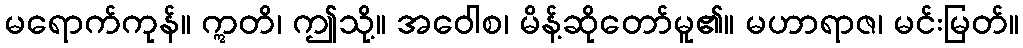
မရောက်ကုန်။ ဣတိ၊ ဤသို့။ အဝေါစ၊ မိန့်ဆိုတော်မူ၏။ မဟာရာဇ၊ မင်းမြတ်။